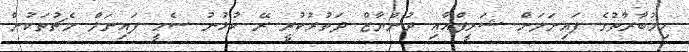
މިމުބާރާތުގެ ފައިނަލަށް ޝަރީފްއާއި ދުންޔާޒް ދަތުރުކުރީ ރޭ ކުޅުނު ސެމީ ފައިނަލް މެޗުތަކުން